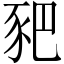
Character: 豝